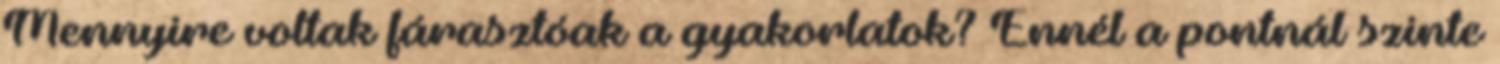
Mennyire voltak fárasztóak a gyakorlatok? Ennél a pontnál szinte